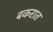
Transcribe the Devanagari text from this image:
बकरात